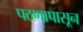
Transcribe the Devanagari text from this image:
पठणापासून